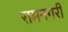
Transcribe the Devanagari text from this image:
रामनगरी